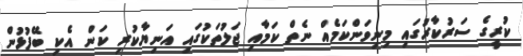
ކުރީގެ ސަރުކާރުގައި މިނިވަންކަމެއް ނެތް ކަމާއި ޖަލުތަކުގައި އަނިޔާކުރި ކަން އެކި ބޭފުޅުން